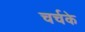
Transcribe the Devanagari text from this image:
चर्चके